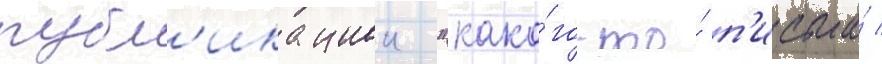
публ'икациеи "како́го-то́ п'исьма́ /